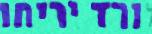
ורד יריחו